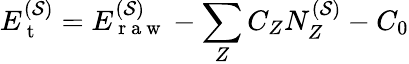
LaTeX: E_{\mathrm{~t~}}^{(\mathcal{S})}=E_{\mathrm{~r~a~w~}}^{(\mathcal{S})}-\sum_{Z}C_{Z}N_{Z}^{(\mathcal{S})}-C_{0}